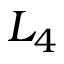
L _ { 4 }